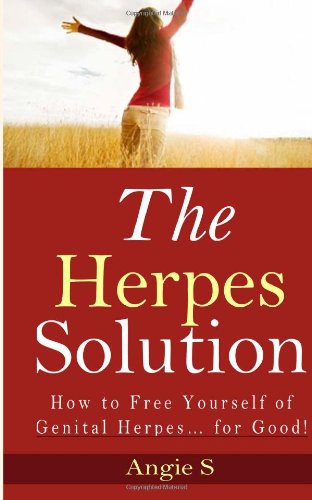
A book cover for The Herpes Solution: How to Free Yourself of Genital Herpes... for Good!; Angie S; Health, Fitness & Dieting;